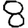
Digit: 8